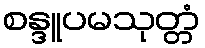
စန္ဒူပမသုတ္တံ